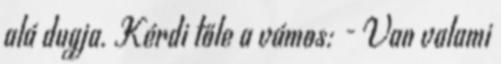
alá dugja. Kérdi tőle a vámos: - Van valami